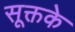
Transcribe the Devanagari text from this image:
सूक्तके